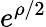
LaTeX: e^{\rho/2}